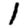
Digit: 1